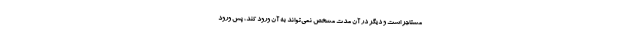
مستاجر است و دیگر در آن مدت مشخص نمی‌تواند به آن ورود کند، پس ورود